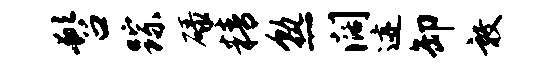
髫踪碌精熟阔迹卸敦